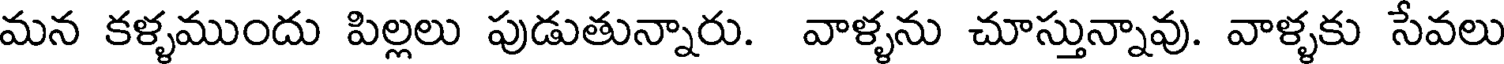
మన కళ్ళముందు పిల్లలు పుడుతున్నారు. వాళ్ళను చూస్తున్నావు. వాళ్ళకు సేవలు